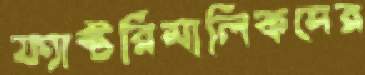
ফ্যাক্টরিমালিকদের